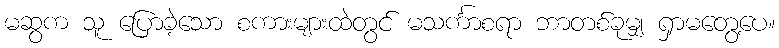
မဆွက သူ ပြောခဲ့သော စကားများထဲတွင် မသင်္ကာစရာ ဘာတစ်ခုမျှ ရှာမတွေ့ပေ။